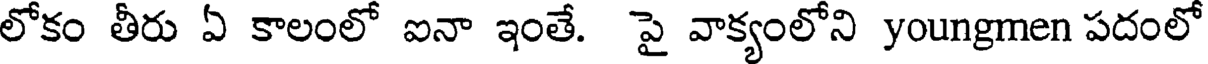
లోకం తీరు ఏ కాలంలో ఐనా ఇంతే. పై వాక్యంలోని youngmen పదంలో